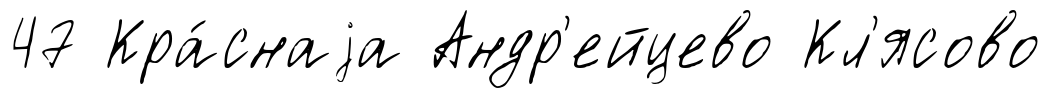
47 Кра́снаjа Андр'ейцево Кл'ясово